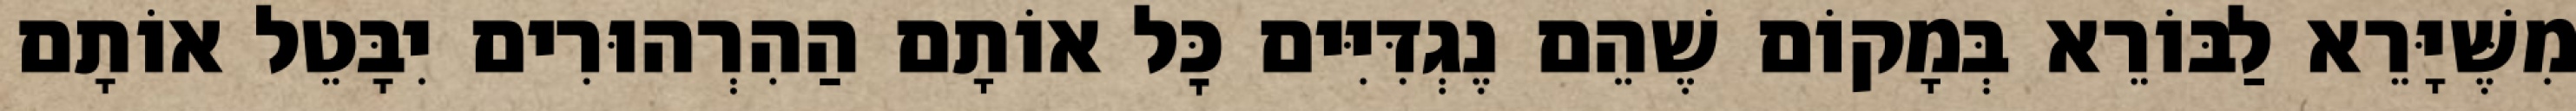
מִשֶּׁיָּרֵא לַבּוֹרֵא בְּמָקוֹם שֶׁהֵם נֶגְדִּיִּים כׇּל אוֹתָם הַהִרְהוּרִים יִבָּטֵל אוֹתָם